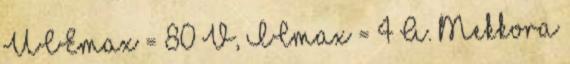
UCEmax = 80 V, ICmax = 4 A. Mekkora